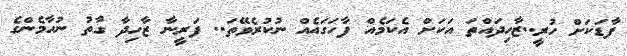
ފާޑަކަށް ހުރީ..ޒާހިދައްތަ އަކަށް އެކަމެއް ފާހަގައެއް ނުކުރެވޭތަ.. ފަރީނާ ޒާހިދާ ގާތު ނުހާމެންގެ